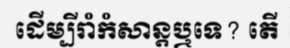
ដើម្បីរាំកំសាន្តឬទេ? តើ